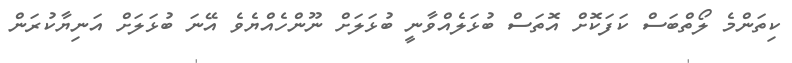
ކިތަންމެ ލޯތްބަސް ކަފަކޮށް އޮތަސް ބުޅަލެއްވާނީ ބުޅަލަށް ނޫންހެއްޔެވެ އޭނަ ބުޅަލަށް އަނިޔާކުރަން